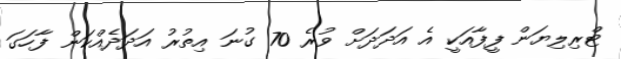
ޓްރިލިޔަން ފީފާއަކީ އެ އަދަދަށް ވުރެ 70 ގުނަ އިތުރު އަދަދެއްކަން ފާހަގަ